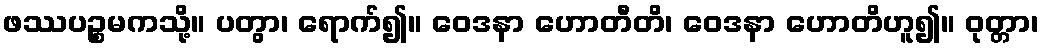
ဖဿပဉ္စမကသို့။ ပတွာ၊ ရောက်၍။ ဝေဒနာ ဟောတီတိ၊ ဝေဒနာ ဟောတိဟူ၍။ ဝုတ္တာ၊